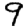
Digit: 9